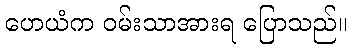
ဟေယံက ဝမ်းသာအားရ ပြောသည်။